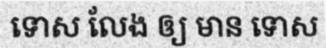
ទោស លែង ឲ្យ មាន ទោស